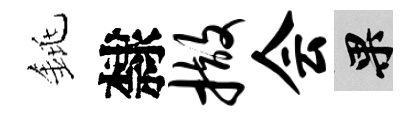
銚隸撤会果